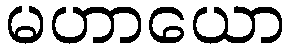
မဟာယော